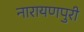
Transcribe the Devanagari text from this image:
नारायणपुरी